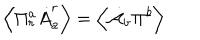
LaTeX: \left\langle \Pi _ { r } ^ { a } \dot { A } _ { a } ^ { r } \right\rangle = \left\langle \dot { { \cal A } } _ { b } { \it \Pi ^ { b } } \right\rangle